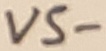
Text: VS-